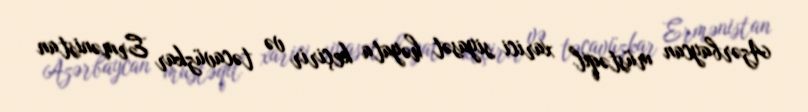
Azərbaycan müstəqil xarici siyasət həyata keçirir və təcavüzkar Ermənistan